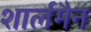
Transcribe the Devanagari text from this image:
शार्लमैन